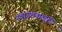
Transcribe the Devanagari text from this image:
स्वागतकक्षही